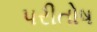
પરીતોષ